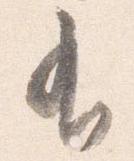
有